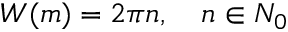
W ( m ) = 2 \pi n , \quad n \in N _ { 0 }